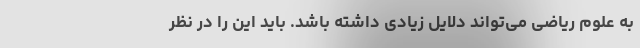
به علوم ریاضی می‌تواند دلایل زیادی داشته باشد. باید این را در نظر